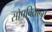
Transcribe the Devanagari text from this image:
सोपविताना